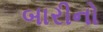
બારીનો